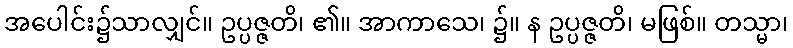
အပေါင်း၌သာလျှင်။ ဥပ္ပဇ္ဇတိ၊ ၏။ အာကာသေ၊ ၌။ န ဥပ္ပဇ္ဇတိ၊ မဖြစ်။ တသ္မာ၊